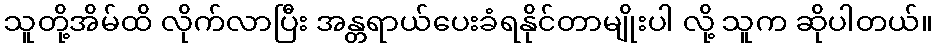
သူတို့အိမ်ထိ လိုက်လာပြီး အန္တရာယ်ပေးခံရနိုင်တာမျိုးပါ လို့ သူက ဆိုပါတယ်။